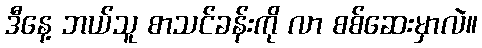
ဒီနေ့ ဘယ်သူ စာသင်ခန်းကို လာ စစ်ဆေးမှာလဲ။